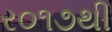
ર૦૧૭થી